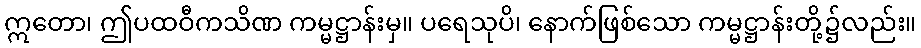
ဣတော၊ ဤပထဝီကသိဏ ကမ္မဋ္ဌာန်းမှ။ ပရေသုပိ၊ နောက်ဖြစ်သော ကမ္မဋ္ဌာန်းတို့၌လည်း။